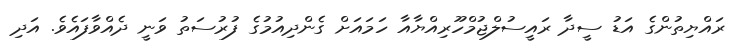
ރައްޔިތުންގެ އަޑު ސީދާ ރައީސުލްޖުމްހޫރިއްޔާއާ ހަމައަށް ގެންދިއުމުގެ ފުރުސަތު ވަނީ ދެއްވާފައެވެ. އަދި